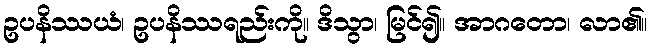
ဥပနိဿယံ၊ ဥပနိဿရည်းကို။ ဒိသွာ၊ မြင်၍။ အာဂတော၊ လာ၏။